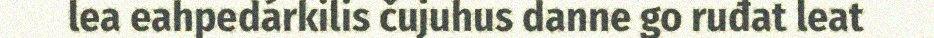
lea eahpedárkilis čujuhus danne go ruđat leat